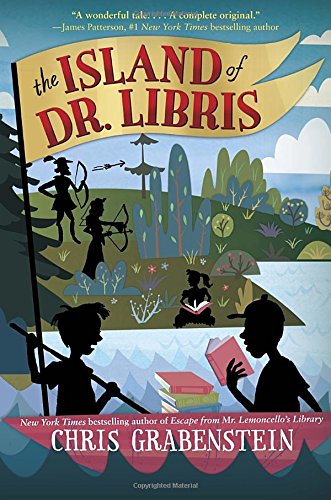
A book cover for The Island of Dr. Libris; Chris Grabenstein; Children's Books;